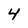
Character: 4